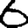
Digit: 6